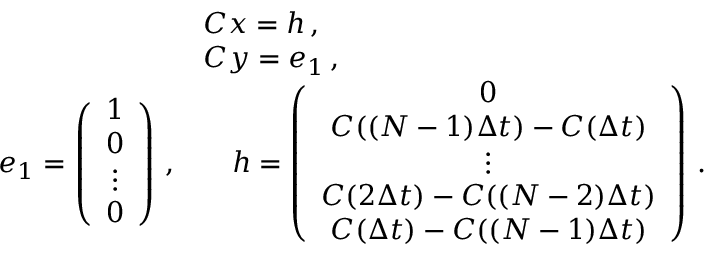
\begin{array} { r l } & { C x = h \, , } \\ & { C y = e _ { 1 } \, , } \\ { e _ { 1 } = \left( \begin{array} { c } { 1 } \\ { 0 } \\ { \vdots } \\ { 0 } \end{array} \right) \, , } & { \quad h = \left( \begin{array} { c } { 0 } \\ { C ( ( N - 1 ) \Delta t ) - C ( \Delta t ) } \\ { \vdots } \\ { C ( 2 \Delta t ) - C ( ( N - 2 ) \Delta t ) } \\ { C ( \Delta t ) - C ( ( N - 1 ) \Delta t ) } \end{array} \right) \, . } \end{array}